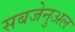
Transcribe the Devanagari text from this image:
सबजेनुअल